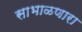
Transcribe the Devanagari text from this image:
साभाळणारा